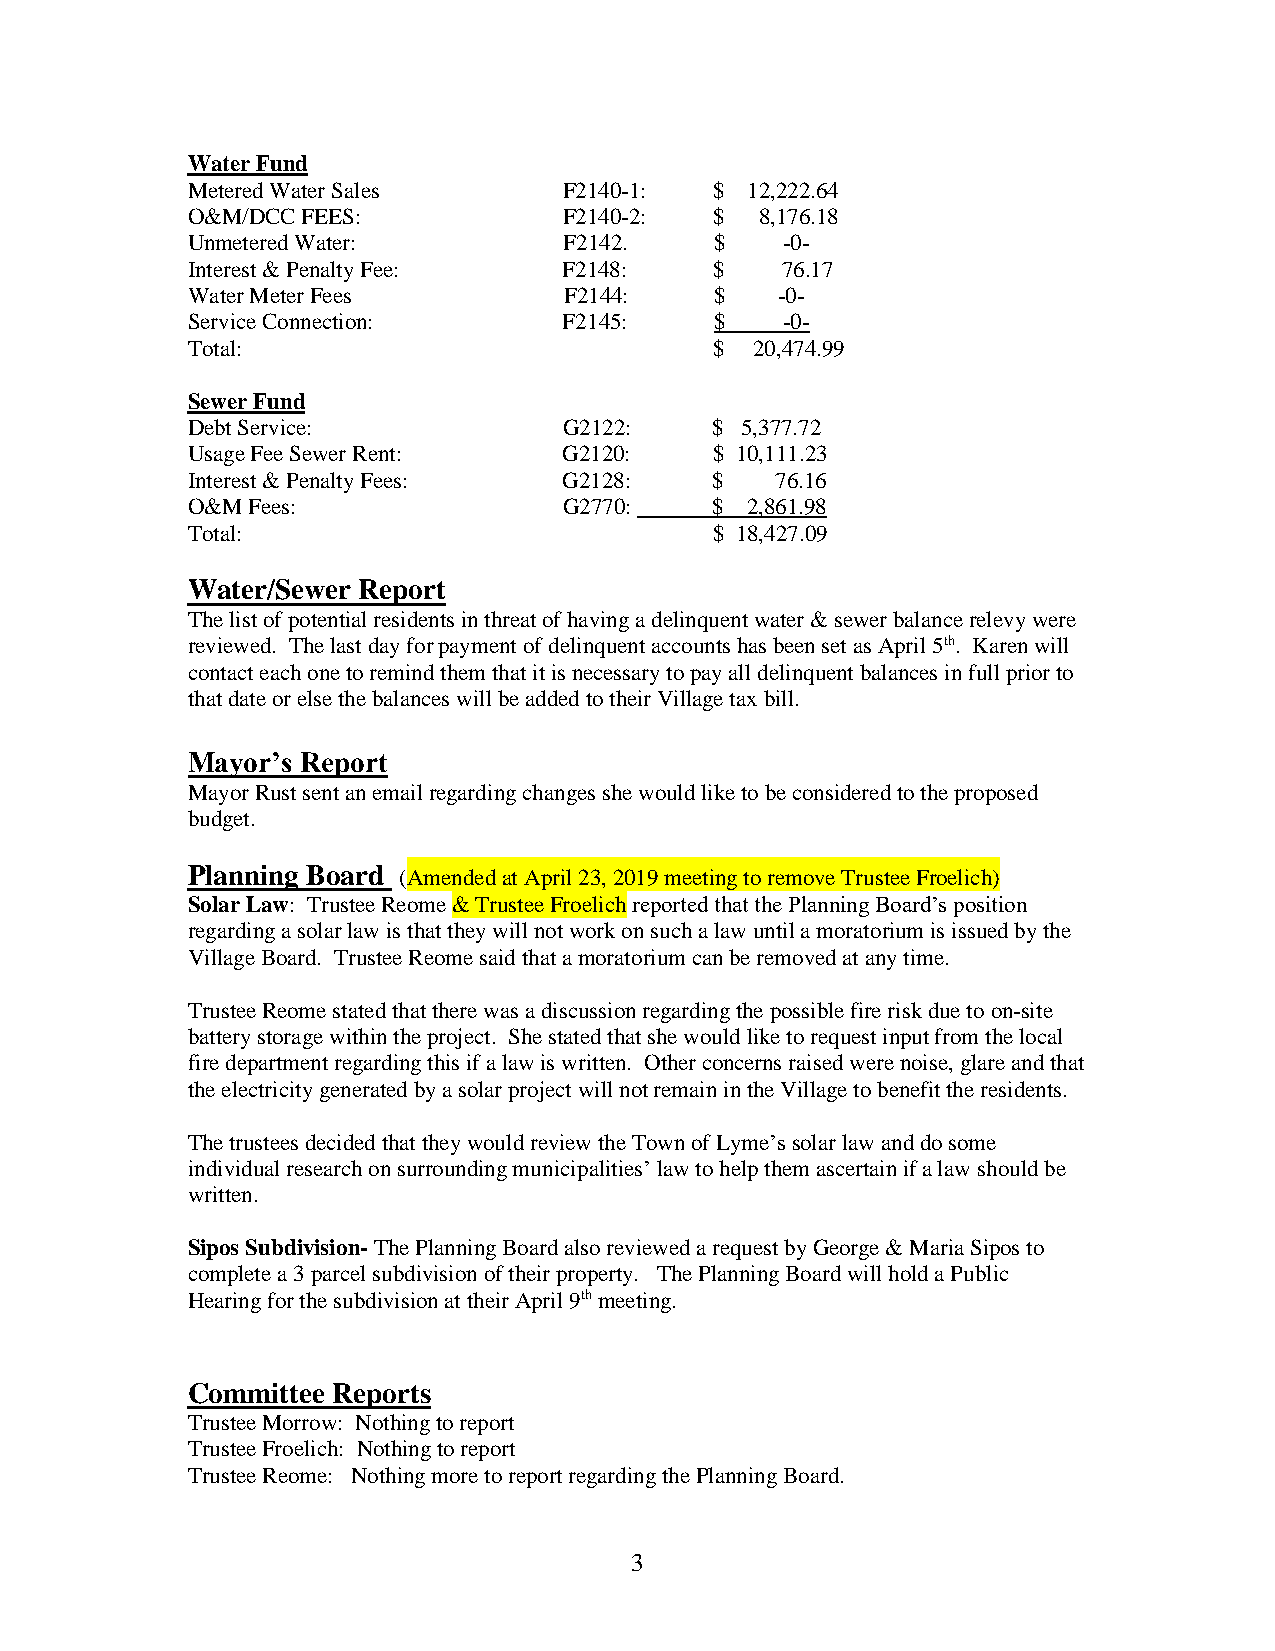
Water Fund
 Metered Water Sales      F2140-1:  $ 12,222.64
 O&M/DCC FEES:            F2140-2:  $  8,176.18
 Unmetered Water:         F2142.    $    -0-
 Interest & Penalty Fee:  F2148:    $    76.17
 Water Meter Fees         F2144:    $    -0-
 Service Connection:      F2145:    $    -0-
 Total:                             $  20,474.99
 Sewer Fund
 Debt Service:            G2122:    $ 5,377.72
 Usage Fee Sewer Rent:    G2120:    $ 10,111.23
 Interest & Penalty Fees: G2128:    $   76.16
 O&M Fees:                G2770:    $ 2,861.98
 Total:                             $ 18,427.09
 Water/Sewer Report
 The list of potential residents in threat of having a delinquent water & sewer balance relevy were
 reviewed. The last day for payment of delinquent accounts has been set as April 5th. Karen will
 contact each one to remind them that it is necessary to pay all delinquent balances in full prior to
 that date or else the balances will be added to their Village tax bill.
 Mayor’s Report
 Mayor Rust sent an email regarding changes she would like to be considered to the proposed
 budget.
 Planning Board (Amended at April 23, 2019 meeting to remove Trustee Froelich)
 Solar Law: Trustee Reome & Trustee Froelich reported that the Planning Board’s position
 regarding a solar law is that they will not work on such a law until a moratorium is issued by the
 Village Board. Trustee Reome said that a moratorium can be removed at any time.
 Trustee Reome stated that there was a discussion regarding the possible fire risk due to on-site
 battery storage within the project. She stated that she would like to request input from the local
 fire department regarding this if a law is written. Other concerns raised were noise, glare and that
 the electricity generated by a solar project will not remain in the Village to benefit the residents.
 The trustees decided that they would review the Town of Lyme’s solar law and do some
 individual research on surrounding municipalities’ law to help them ascertain if a law should be
 written.
 Sipos Subdivision- The Planning Board also reviewed a request by George & Maria Sipos to
 complete a 3 parcel subdivision of their property. The Planning Board will hold a Public
 Hearing for the subdivision at their April 9th meeting.
 Committee Reports
 Trustee Morrow: Nothing to report
 Trustee Froelich: Nothing to report
 Trustee Reome: Nothing more to report regarding the Planning Board.
 3